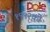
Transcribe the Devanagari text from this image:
१९९२को